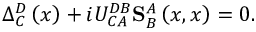
\Delta _ { C } ^ { D } \left( x \right) + i U _ { C A } ^ { D B } \mathbf { S } _ { B } ^ { A } \left( x , x \right) = 0 .